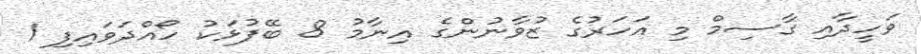
ވަހީދާއި ގާސިމް މި އަހަރުގެ ޒުވާނުންގެ އިނާމު 8 ބޭފުޅަކު ހޯއްދަވައިފި 1